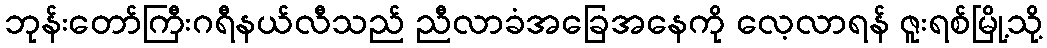
ဘုန်းတော်ကြီးဂရီနယ်လီသည် ညီလာခံအခြေအနေကို လေ့လာရန် ဇူးရစ်မြို့သို့